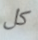
كل